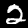
Label: 2